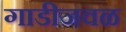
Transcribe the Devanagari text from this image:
गाडीजवळ